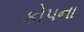
કોપના